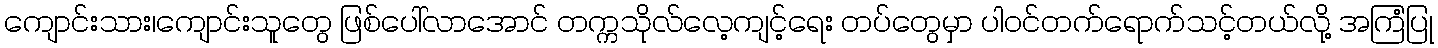
ကျောင်းသား၊ကျောင်းသူတွေ ဖြစ်ပေါ်လာအောင် တက္ကသိုလ်လေ့ကျင့်ရေး တပ်တွေမှာ ပါဝင်တက်ရောက်သင့်တယ်လို့ အကြံပြု